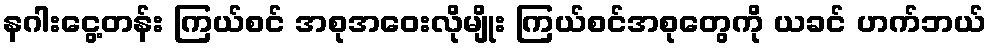
နဂါးငွေ့တန်း ကြယ်စင် အစုအဝေးလိုမျိုး ကြယ်စင်အစုတွေကို ယခင် ဟက်ဘယ်